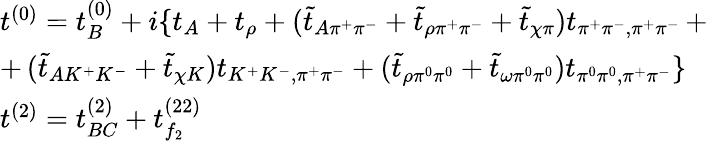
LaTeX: \begin{array}{l}{{t^{(0)}=t_{B}^{(0)}+i\{ t_{A}+t_{\rho}+(\tilde{t}_{A\pi^{+}\pi^{-}}+\tilde{t}_{\rho\pi^{+}\pi^{-}}+\tilde{t}_{\chi\pi})t_{\pi^{+}\pi^{-},\pi^{+}\pi^{-}}\, +}}\\ {{+\, (\tilde{t}_{AK^{+}K^{-}}+\tilde{t}_{\chi K})t_{K^{+}K^{-},\pi^{+}\pi^{-}}+(\tilde{t}_{\rho\pi^{0}\pi^{0}}+\tilde{t}_{\omega\pi^{0}\pi^{0}})t_{\pi^{0}\pi^{0},\pi^{+}\pi^{-}}\} }}\\ {{t^{(2)}=t_{BC}^{(2)}+t_{f_{2}}^{(22)}}}\end{array}